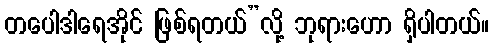
တပေါဒါရေအိုင် ဖြစ်ရတယ်”လို့ ဘုရားဟော ရှိပါတယ်။